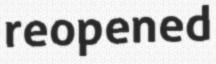
reopened